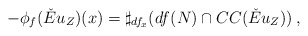
\begin{align*}-\phi_f(\check{E}u_Z)(x)= \sharp_{df_x}(df(N)\cap CC(\check{E}u_Z) )\:,\end{align*}